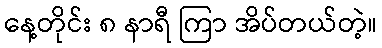
နေ့တိုင်း ၈ နာရီ ကြာ အိပ်တယ်တဲ့။